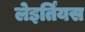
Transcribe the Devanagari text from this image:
लेइर्तिंयस